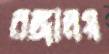
রঙ্গালয়